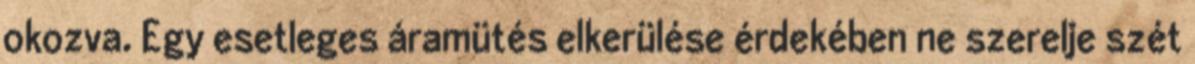
okozva. Egy esetleges áramütés elkerülése érdekében ne szerelje szét